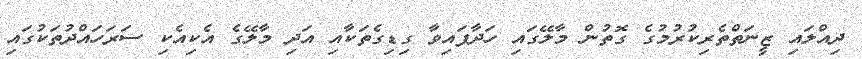
ދިއްލައި ޒީނަތްތެރިކުރުމުގެ ގޮތުން މާލޭގައި ހަދާފައިވާ ގިޑިގެތަކާއި އަދި މާލޭގެ އެކިއެކި ސަރަހައްދުތަކުގައި